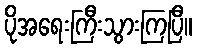
ပိုအရေးကြီးသွားကြပြီ။